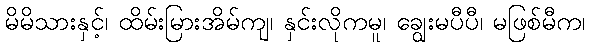
မိမိသားနှင့်၊ ထိမ်းမြားအိမ်ကျ၊ နှင်းလိုကမူ၊ ချွေးမပီပီ၊ မဖြစ်မီက၊